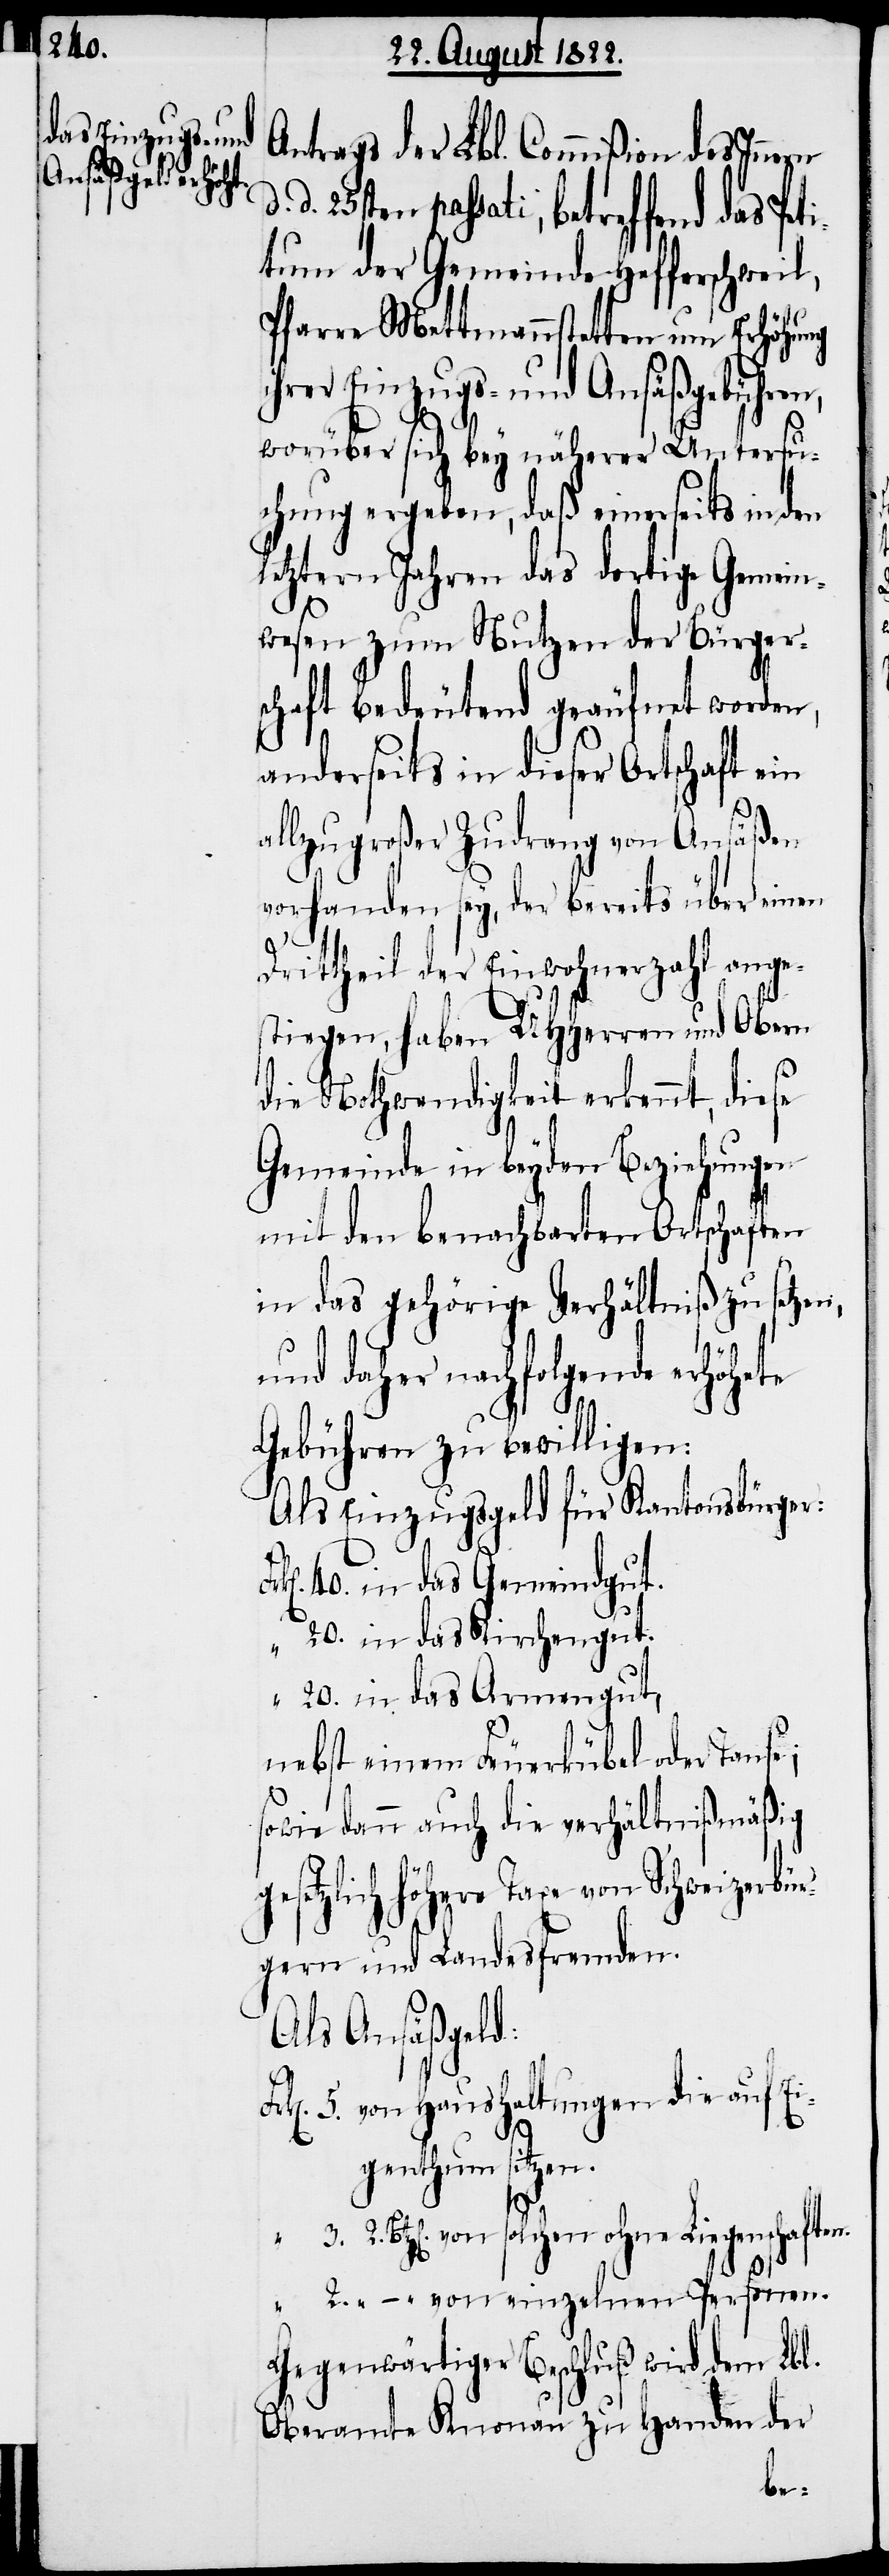
Antrags der Lbl. Commißion des Innern
passati, betreffend das Pet¬
itum der Gemeinde Hafferschweil,
Pfarre Mettmannstetten um Erhöhung
ihrer Einzugs- und Ansäßgebühren,
worüber sich bey näherer Untersu¬
chung ergeben, daß einerseits in den
letztern Jahren das dortige Gemein¬
wesen zum Nutzen der Bürger¬
schaft bedeutend geäufnet worden,
anderseits in dieser Ortschaft ein
allzugroßer Zudrang von Ansäßen
vorhanden sey, der bereits über einen
Drittheil der Einwohnerzahl ange¬
stiegen, haben UHHerrn und Obern
die Nothwendigkeit erkennt, diese
Gemeinde in beyden Beziehungen
mit den benachbarten Ortschaften
in das gehörige Verhältniß zu setzen,
und daher nachfolgende erhöhete
Gebühren zu bewilligen:
Als Einzugsgeld für Kantonsbürger:
40. in das Gemeindgut.
„		20. in das Kirchengut.
„		20. in das Armengut.
nebst einem Feuerkübel oder Taufe;
sowie dann auch die verhältnißmäßig
gesetzlich höhere Taxe von Schweizerbür¬
gern und Landesfremden.
Als Ansäßgeld:
5. von Haushaltungen die auf Ei¬
genthum sitzen.
2. Btz[en] von solchen ohne Liegenschaft¬
„ – „	 von einzelnen Personen.
Gegenwärtiger Beschluß wird dem Lbl.
Oberamte Knonau zu Handen der
en.